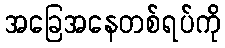
အခြေအနေတစ်ရပ်ကို